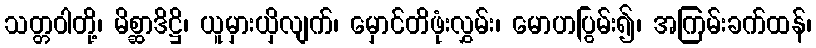
သတ္တဝါတို့၊ မိစ္ဆာဒိဋ္ဌိ၊ ယူမှားယှိလျက်၊ မှောင်တိဖုံးလွှမ်း၊ မောဟပြွမ်း၍၊ အကြမ်းခက်ထန်၊